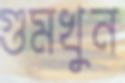
গুমখুন